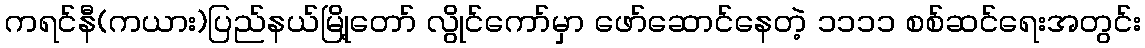
ကရင်နီ(ကယား)ပြည်နယ်မြို့တော် လွိုင်ကော်မှာ ဖော်ဆောင်နေတဲ့ ၁၁၁၁ စစ်ဆင်ရေးအတွင်း